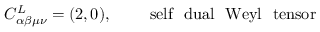
C _ { \alpha \beta \mu \nu } ^ { L } = ( 2 , 0 ) , ~ ~ ~ ~ ~ ~ ~ \mathrm { s e l f ~ ~ d u a l ~ ~ W e y l ~ ~ t e n s o r }